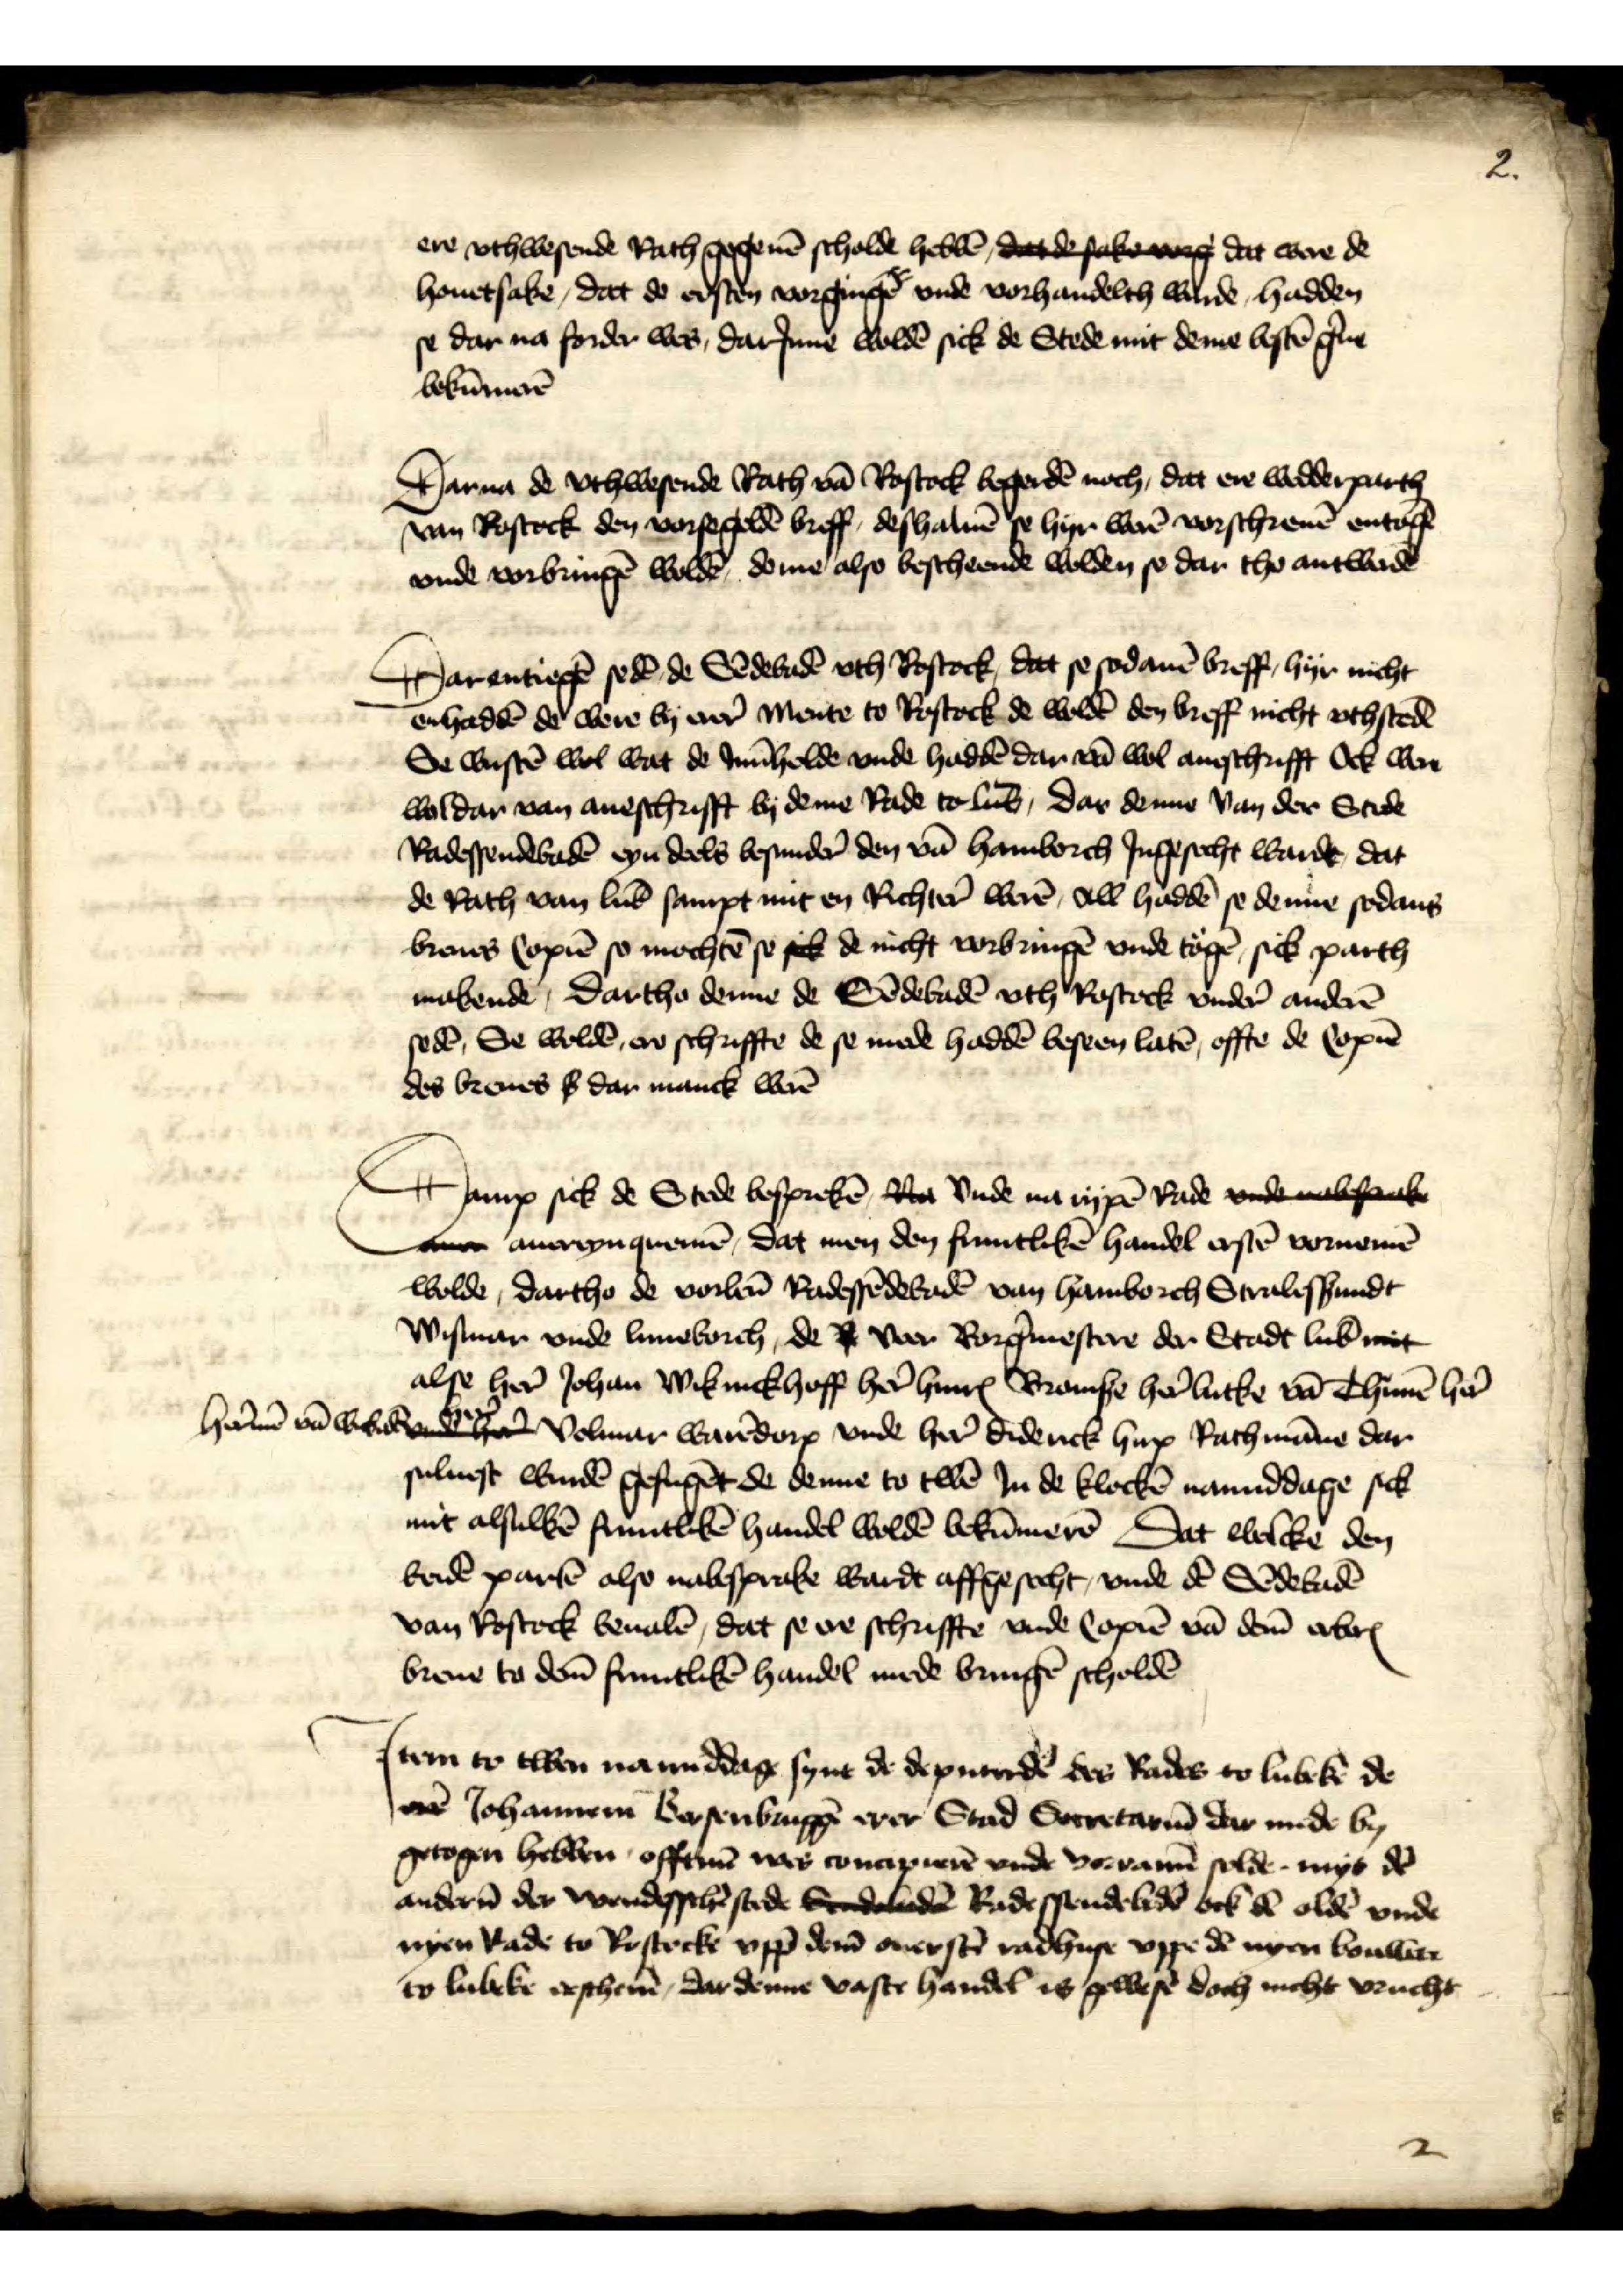
ere vthwesende Rath gegeuē scholde hebē, dade sake wo dat were de
houetsake, dat de ersten vorgingē vnde vorhandelth wurde hadden
se dar na forder wes, darJnne woldē sick de Stede mit deme bestē g̉ne
bekūmerē

Dar na de vthwesende Rath vā Rostock begerdē noch, dat ere wedderparth
van Rostock den vorsegeldē breff, deshaluē ze hyr werē vorschreuē entogē
vnde vorbringē woldē, deme also bescheende wolden se dar tho antwerdē

Dar entiegē sedē de Sēdebadē vth Rostock, dat se sodanē breff hyr nicht
enholdē do were by erer̉ mente to Rostock de woldē den breff nicht vthstedē
vnde vorbrigē wolde, deme also bescheende wolden so dar tho antwerdē
Se wustē wol wat de Jnn̄helde vnde haddē dar vā wol aneschrifft Ock were
wol dar van aneschrifft by deme Rade to Lub̄, dar denne van der Stede
Radessendebodē eyn deels besunder̉ den vā Hamborch Jngesecht wardt, dat
de Rath van Lub̄ sampt mit en Richter̉ werē, All haddē se denne sodans
breues Copiē so mochtē se sick de nicht vorbringē vnde tegē sick parth
makende, Dartho denne de Sēdebadē vth Rostock vnder̉ anderē
sedē, Se woldē ere schriffte de se mede haddē beseen latē, effte de Copiē
des breues s dar manck werē

Darup sick de Stede besprekē Na vnde na rypē Rade vnde vabesake
tam auereyn quemē, dat men den fruntlikē handel erstē vornemē
wolde, dartho de vorben̄ Radessēdebadē van Hamborch Stralessundt
Wismar vnde Luneborch, de de veer Borg̉mestere der Stadt Lub̄ net
alse her̉ Johan Wiknickhoff her̉ HinrꝬ Bramse her̉ Lutke vā Thimē her̉
Her̉mē vā Wickakē her̉ Volmar Warēdorp vnde her̉ Diderick Hux Rathmāne dar
suluest wurdē gefugēt de denne to twē In de klockē namiddage sick
mit alsulkē fruntlikē handel woldē bekūmerē Dat welcke den
beidē partē also nabesprake wardt affgesecht, vnde dē Sēdebadē
van Rostock beuolē, dat se ere schriffte vnde Copiē vā dem̄ erbarꝬ
breue to dem̄ fruntlikē handel mede bringē scholdē

Jtem to twen na middage synt de deputerdē des Rades to Lubeke de
erē Johannem Bersenbrugge erer Sud Scretarius dar mede by
getogen hebben, efftmē was conapierē vnde vorramē solde myt dē
ander̉n der wendesschē stede Senbade Radessendebadē ock dē oldē vnde
nyen Rade to Rostocke vpp dem̄ auerstē radhuse vppe dē nyen bouwere
to Lubeke erschenē, dar denne vaste handel is gewesē doch nicht vrucht

2